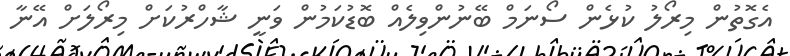
އެގޮތުން މިރޯލު ކުޅެން ސޯނަމް ބޭނުންވިލެއް ބޮޑުކަމުން ވަނީ ޝާހްރުކަށް މިރޯލަށް އޭނާ